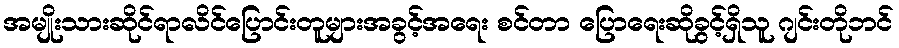
အမျိုးသားဆိုင်ရာလိင်ပြောင်းတူများအခွင့်အရေး စင်တာ ပြောရေးဆိုခွင့်ရှိသူ ဂျင်းတိုဘင်